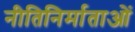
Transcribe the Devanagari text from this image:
नीतिनिर्माताओं